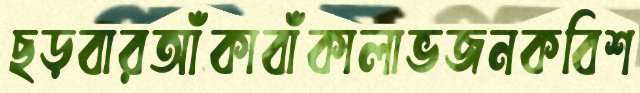
ছড়বারআঁকাবাঁকালাভজনকবিশ